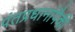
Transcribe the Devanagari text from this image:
पंतप्रधानांपैकी